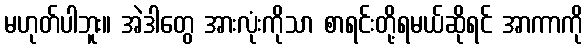
မဟုတ်ပါဘူး။ အဲဒါတွေ အားလုံးကိုသာ စာရင်းတို့ရမယ်ဆိုရင် အာကာကို